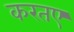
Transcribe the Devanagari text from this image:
करतए